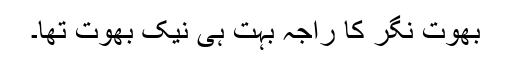
بھوت نگر کا راجہ بہت ہی نیک بھوت تھا۔